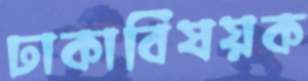
ঢাকাবিষয়ক